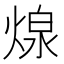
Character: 𮳲